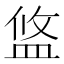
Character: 𥁮